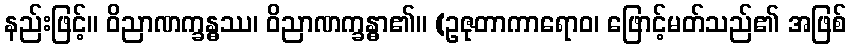
နည်းဖြင့်။ ဝိညာဏက္ခန္ဓဿ၊ ဝိညာဏက္ခန္ဓာ၏။ (ဥဇုတာကာရောဝ၊ ဖြောင့်မတ်သည်၏ အဖြစ်